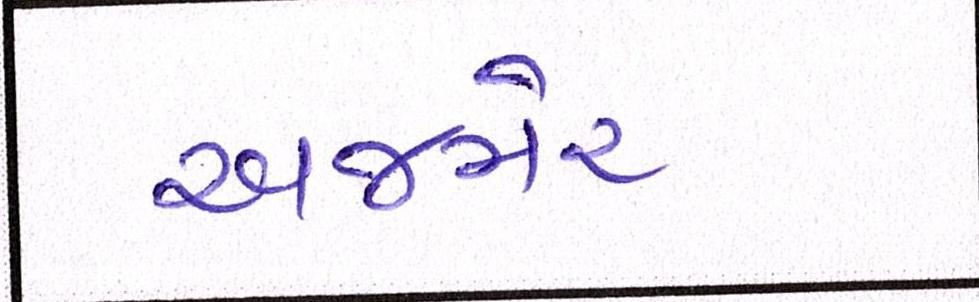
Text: અજમેર